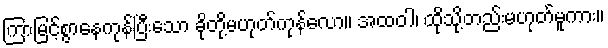
ကြာမြင့်စွာနေကုန်ပြီးသော ခိုတို့မဟုတ်ကုန်လော။ အထဝါ၊ ထိုသို့တည်းမဟုတ်မူကား။